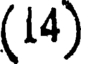
(14)